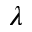
\lambda